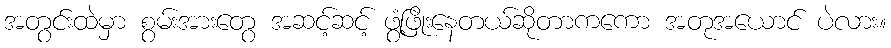
အတွင်းထဲမှာ စွမ်းအားတွေ အဆင့်ဆင့် ဖွံ့ဖြိုးနေတယ်ဆိုတာကကော အတုအယောင် ပဲလား။